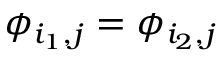
\phi _ { i _ { 1 } , j } = \phi _ { i _ { 2 } , j }